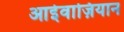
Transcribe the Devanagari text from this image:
आईवाज़ियान